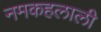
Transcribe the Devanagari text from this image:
नमकहलाली